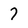
Character: 7